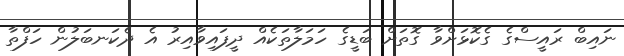
ނައިބް ރައީސްގެ ގެކޮޅަށްވާ ގޮތަށް ބަޑީގެ ހަމަލާތަކެއް ދީފައިވާއިރު އެ ދެކަނބަލުން ހަފްތާ